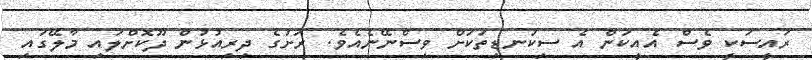
ރައީސަކީ ވެސް އެއީކަން އެ ސިކުނޑިތަކަށް ވިސްނޭނެއެވެ. ރަށުގެ ދިރިއުޅުން ދޫކޮށްލައި މާލޭގައި